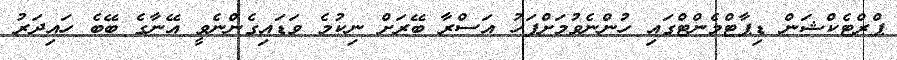
ޕްރްޓެކްޝަން ޑިޕާޓްމެންޓްގައި ހުންނެވުމަށްފަހު އަސްރާ ބޭރަށް ނިކުމެ ވަޑައިގެންނެވީ އޭނާގެ ބޭބެ ހައިދަރު